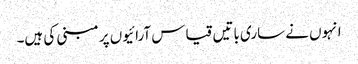
انہوں نے ساری باتیں قیاس آرائیوں پر مبنی کی ہیں۔